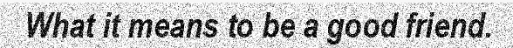
What it means to be a good friend.